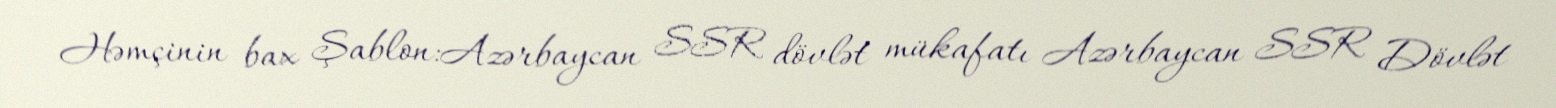
Həmçinin bax Şablon:Azərbaycan SSR dövlət mükafatı Azərbaycan SSR Dövlət